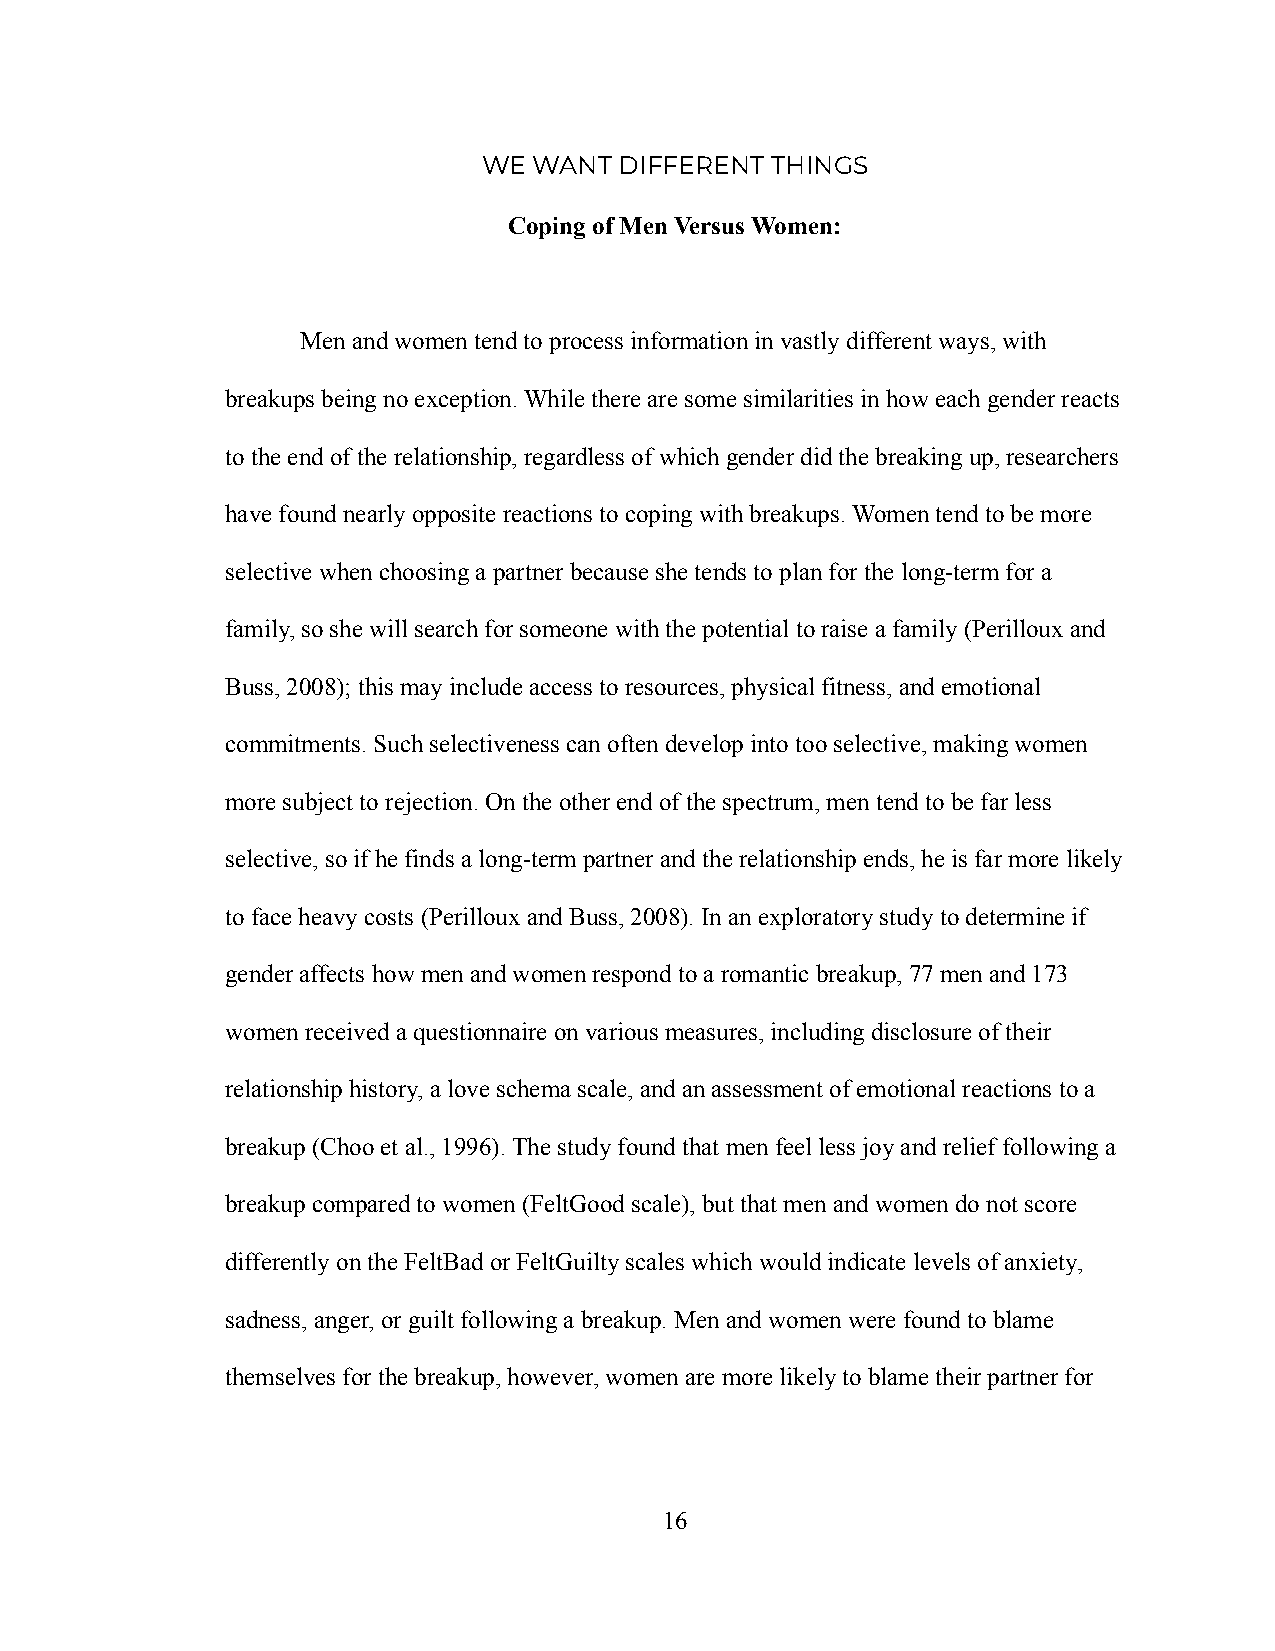
WE WANT  DIFFERENT THINGS
 Coping of Men Versus Women:
 Men and women tend to process information in vastly different ways, with
 breakups being no exception. While there are some similarities in how each gender reacts
 to the end of the relationship, regardless of which gender did the breaking up, researchers
 have found nearly opposite reactions to coping with breakups. Women tend to be more
 selective when choosing a partner because she tends to plan for the long-term for a
 family, so she will search for someone with the potential to raise a family (Perilloux and
 Buss, 2008); this may include access to resources, physical fitness, and emotional
 commitments. Such selectiveness can often develop into too selective, making women
 more subject to rejection. On the other end of the spectrum, men tend to be far less
 selective, so if he finds a long-term partner and the relationship ends, he is far more likely
 to face heavy costs (Perilloux and Buss, 2008). In an exploratory study to determine if
 gender affects how men and women respond to a romantic breakup, 77 men and 173
 women received a questionnaire on various measures, including disclosure of their
 relationship history, a love schema scale, and an assessment of emotional reactions to a
 breakup (Choo et al., 1996). The study found that men feel less joy and relief following a
 breakup compared to women (FeltGood scale), but that men and women do not score
 differently on the FeltBad or FeltGuilty scales which would indicate levels of anxiety,
 sadness, anger, or guilt following a breakup. Men and women were found to blame
 themselves for the breakup, however, women are more likely to blame their partner for
 16